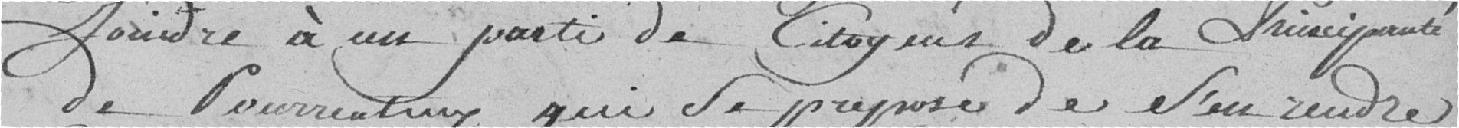
joindre à un parti de Citoyens de la Principauté de PORRENTRUY qui se propose de s'en rendre